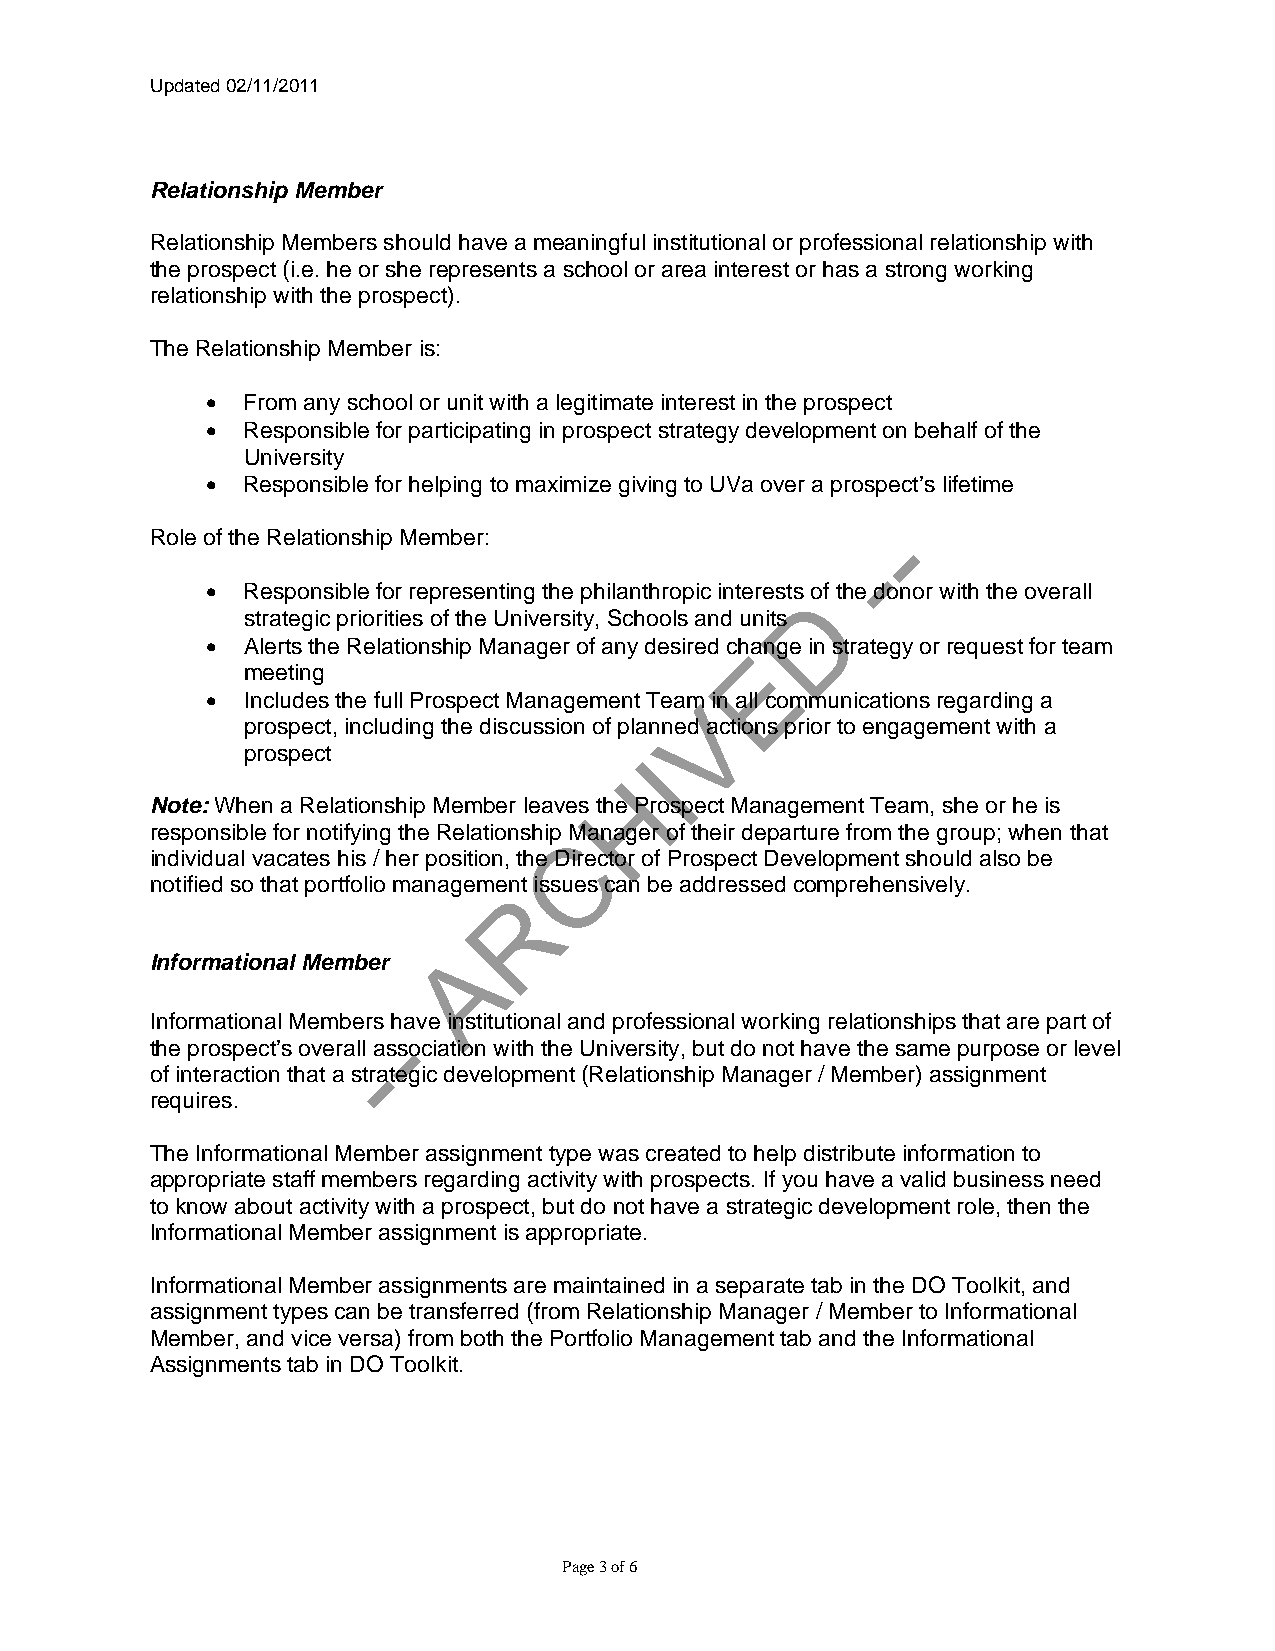
Updated 02/11/2011
 Relationship Member
 Relationship Members should have a meaningful institutional or professional relationship with
 the prospect (i.e. he or she represents a school or area interest or has a strong working
 relationship with the prospect).
 The Relationship Member is:
 • From any school or unit with a legitimate interest in the prospect
 • Responsible for participating in prospect strategy development on behalf of the
 University
 • Responsible for helping to maximize giving to UVa over a prospect’s lifetime
 -
 Role of the Relationship Member:
 -
 • Responsible for representing the philanthropic interests of the donor with the overall
 D
 strategic priorities of the University, Schools and units
 • Alerts the Relationship Manager of any desired change in strategy or request for team
 E
 meeting
 • Includes the full Prospect Management Team in all communications regarding a
 V
 prospect, including the discussion of planned actions prior to engagement with a
 prospect                   I
 H
 Note: When a Relationship Member leaves the Prospect Management Team, she or he is
 responsible for notifying the Relationship CManager of their departure from the group; when that
 individual vacates his / her position, the Director of Prospect Development should also be
 notified so that portfolio management issues can be addressed comprehensively.
 R
 A
 Informational Member
 Informational Members- have institutional and professional working relationships that are part of
 the prospect’s overa-ll association with the University, but do not have the same purpose or level
 of interaction that a strategic development (Relationship Manager / Member) assignment
 requires.
 The Informational Member assignment type was created to help distribute information to
 appropriate staff members regarding activity with prospects. If you have a valid business need
 to know about activity with a prospect, but do not have a strategic development role, then the
 Informational Member assignment is appropriate.
 Informational Member assignments are maintained in a separate tab in the DO Toolkit, and
 assignment types can be transferred (from Relationship Manager / Member to Informational
 Member, and vice versa) from both the Portfolio Management tab and the Informational
 Assignments tab in DO Toolkit.
 Page 3 of 6